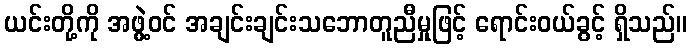
ယင်းတို့ကို အဖွဲ့ဝင် အချင်းချင်းသဘောတူညီမှုဖြင့် ရောင်းဝယ်ခွင့် ရှိသည်။